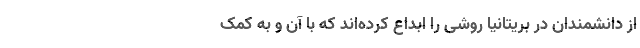
از دانشمندان در بریتانیا روشی را ابداع کرده‌اند که با آن و به کمک